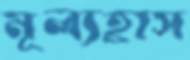
মূল্যহ্রাস